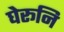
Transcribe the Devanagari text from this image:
घेरूनि